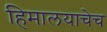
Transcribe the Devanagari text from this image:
हिमालयाचेच